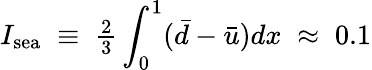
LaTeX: I_{\mathrm{sea}}\; \equiv\; {\textstyle\frac{2}{3}}\int_{0}^{1}(\bar{d}-\bar{u})dx\; \approx\; 0.1